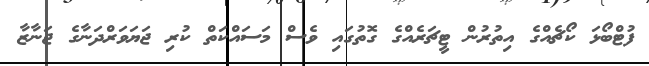
ފުޓްބޯޅަ ކޯޗެއްގެ އިތުރުން ޓީޗަރެއްގެ ގޮތުގައި ވެސް މަސައްކަތް ކުރި ޖަޔަވަރްދަނާގެ ޖަނާޒާ